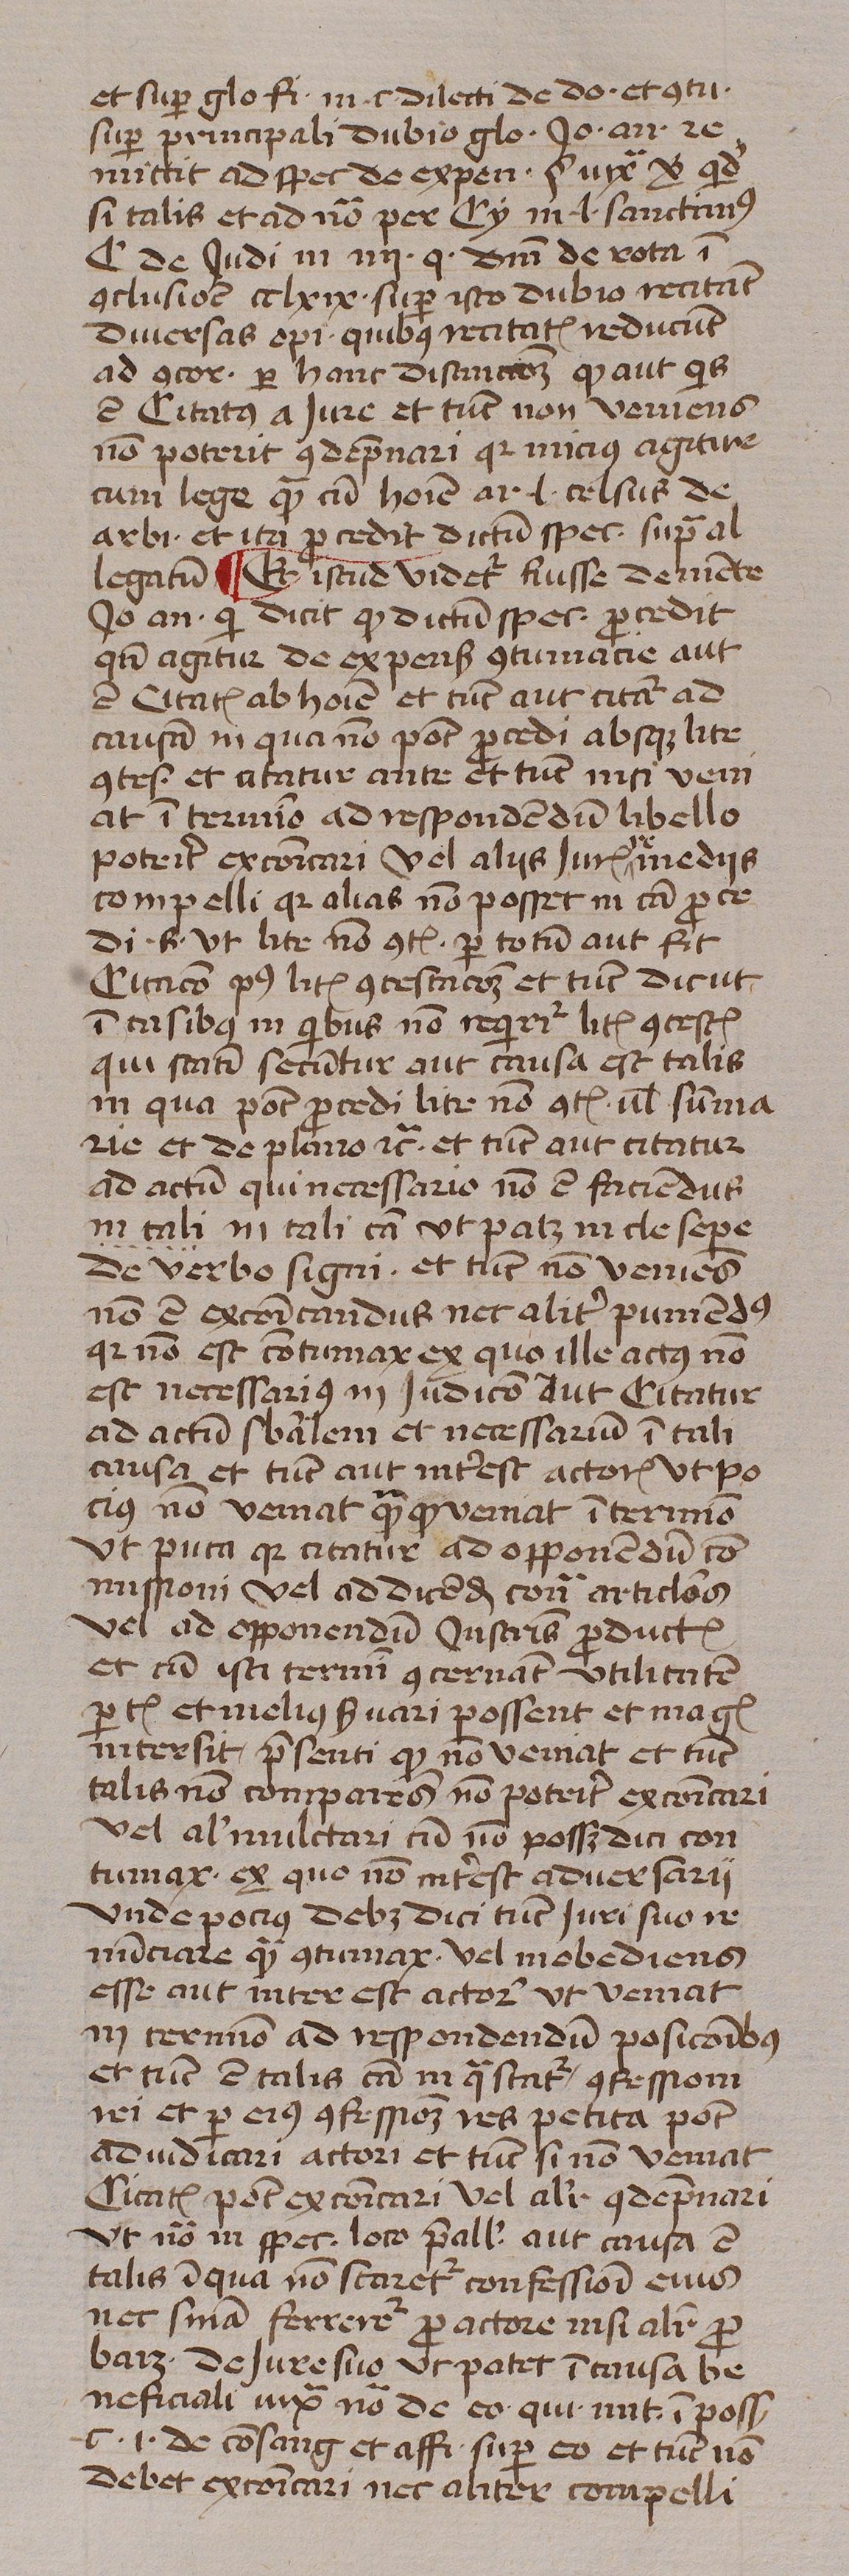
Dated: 1439–1439